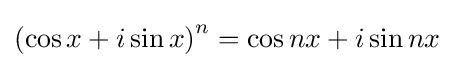
\left(\cos x+i\sin x\right)^{n}=\cos nx+i\sin nx